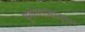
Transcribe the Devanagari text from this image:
भूगोलतज्ज्ञांनुसार